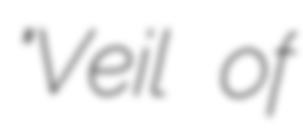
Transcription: "Veil of